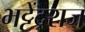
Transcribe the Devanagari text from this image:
भट्टेंद्रराज